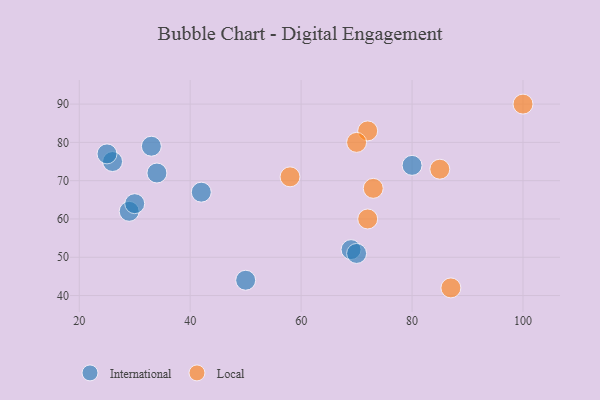
{"axis": {"x": "GDP", "y": "Life Expectancy"}, "legend": ["International", "Local"], "data": [{"x": "69", "y": 52, "type": "International"}, {"x": "80", "y": 74, "type": "International"}, {"x": "26", "y": 75, "type": "International"}, {"x": "34", "y": 72, "type": "International"}, {"x": "29", "y": 62, "type": "International"}, {"x": "42", "y": 67, "type": "International"}, {"x": "70", "y": 51, "type": "International"}, {"x": "25", "y": 77, "type": "International"}, {"x": "33", "y": 79, "type": "International"}, {"x": "30", "y": 64, "type": "International"}, {"x": "50", "y": 44, "type": "International"}, {"x": "72", "y": 83, "type": "Local"}, {"x": "73", "y": 68, "type": "Local"}, {"x": "100", "y": 90, "type": "Local"}, {"x": "72", "y": 60, "type": "Local"}, {"x": "58", "y": 71, "type": "Local"}, {"x": "85", "y": 73, "type": "Local"}, {"x": "87", "y": 42, "type": "Local"}, {"x": "70", "y": 80, "type": "Local"}]}